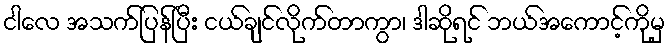
ငါလေ အသက်ပြန်ပြီး ငယ်ချင်လိုက်တာကွာ၊ ဒါဆိုရင် ဘယ်အကောင့်ကိုမှ